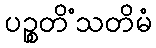
ပဉ္စတိံသတိမံ